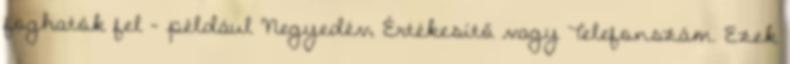
foghatók fel – például Negyedév, Értékesítő vagy Telefonszám. Ezek